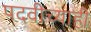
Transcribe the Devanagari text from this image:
पदवीच्याही